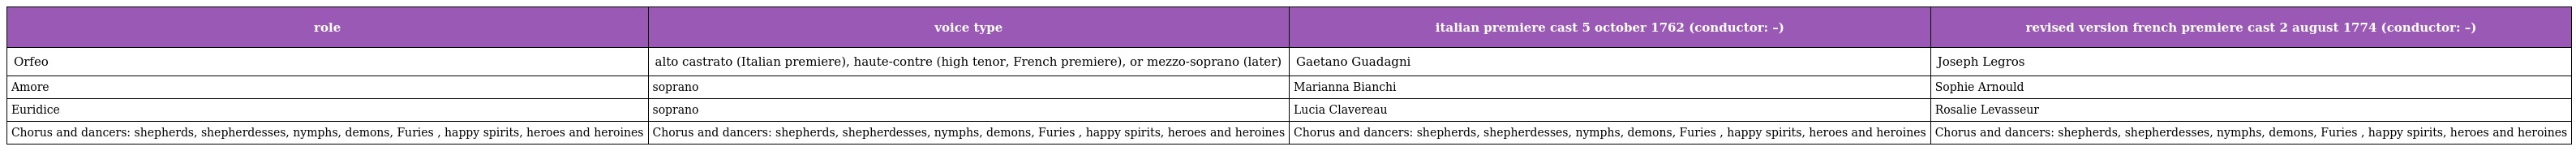
| role | voice type | italian premiere cast 5 october 1762 (conductor: –) | revised version french premiere cast 2 august 1774 (conductor: –) |
 | --- | --- | --- | --- |
 | Orfeo | alto castrato (Italian premiere), haute-contre (high tenor, French premiere), or mezzo-soprano (later) | Gaetano Guadagni | Joseph Legros |
 | Amore | soprano | Marianna Bianchi | Sophie Arnould |
 | Euridice | soprano | Lucia Clavereau | Rosalie Levasseur |
 | Chorus and dancers: shepherds, shepherdesses, nymphs, demons, Furies , happy spirits, heroes and heroines | Chorus and dancers: shepherds, shepherdesses, nymphs, demons, Furies , happy spirits, heroes and heroines | Chorus and dancers: shepherds, shepherdesses, nymphs, demons, Furies , happy spirits, heroes and heroines | Chorus and dancers: shepherds, shepherdesses, nymphs, demons, Furies , happy spirits, heroes and heroines |